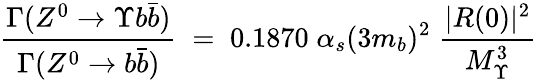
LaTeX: {{\frac{\Gamma(Z^{0}\rightarrow\Upsilon b{\bar{b}})}{\Gamma(Z^{0}\rightarrow b{\bar{b}})}}\; =\; 0.1870\; \alpha_{s}(3m_{b})^{2}\; {\frac{|R(0)|^{2}}{M_{\Upsilon}^{3}}}\; }